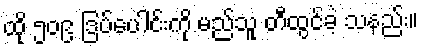
ထို ၅၀၉ ဒြပ်ပေါင်းကို မည်သူ တီထွင်ခဲ့ သနည်း။